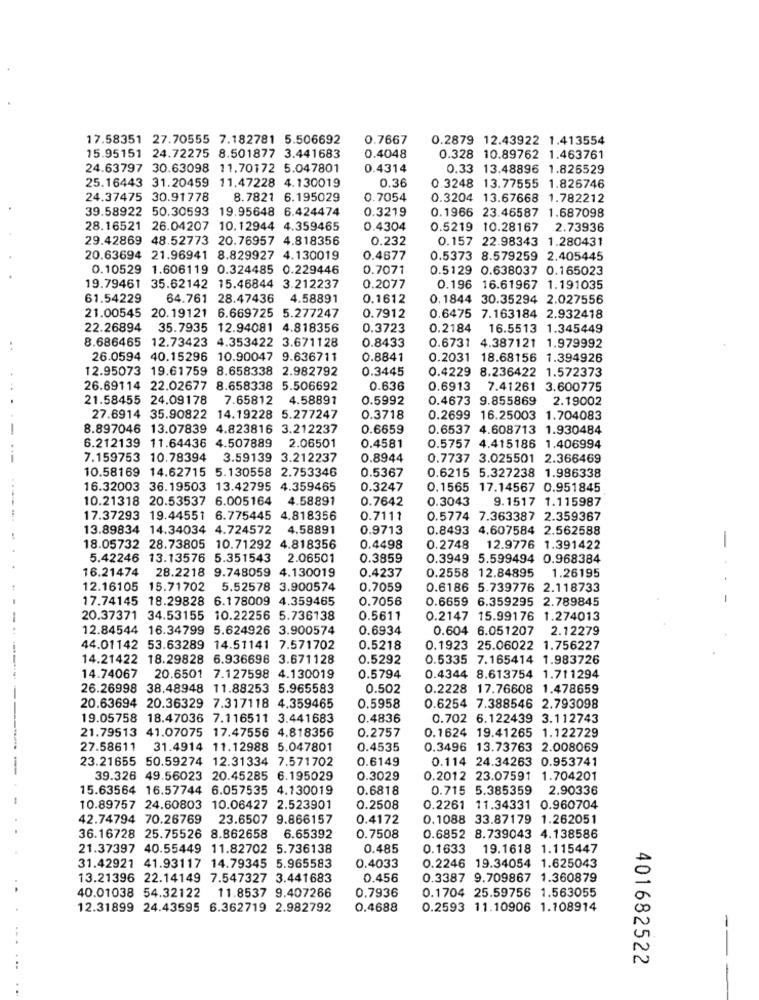
17.58351 27.70555 7.182781 5.506692
0.7667
0.2879 12.43922 1.413554
15.95151 24.72275 8.501877 3.441683
0.4048
0.328 10.89762 1.463761
24.63797 30.63098 11.70172 5.047801
0.4314
0.33 13.48896 1.826529
25.16443 31.20459 11.47228 4.130019
0.36
0.3248 13.77555 1.826746
24.37475 30.91778
8.7821 6.195029
0.7054
0.3204 13.67668 1.782212
39.58922 50.30593 19.95648 6.424474
0.3219
0.1966 23.46587 1.687098
28.16521 26.04207 10.12944 4.359465
0.4304
0.5219
10.28167 2.73936
29.42869 48.52773 20.76957 4.818356
0.232
0.157 22.98343 1.280431
20.63694 21.96941 8.829927 4.130019
0.4677
0.5373 8.579259 2.405445
0.10529 1.606119 0.324485 0.229446
0.7071
0.5129 0.638037 0.165023
19.79461 35.62142 15.46844 3.212237
0.2077
0.196 16.61967 1.191035
61.54229
64.761 28.47436 4.58891
0.1612
0.1844 30.35294 2.027556
21.00545 20.19121 6.669725 5.277247
0.7912
0.6475 7.163184 2.932418
22.26894 35.7935 12.94081 4.818356
0.3723
0.2184 16.5513 1.345449
8.686465 12.73423 4.353422 3.671128
0.8433
0.6731 4.387121 1.979992
26.0594 40.15296 10.90047 9.636711
0.8841
0.2031 18.68156 1.394926
12.95073 19.61759 8.658338 2.982792
0.3445
0.4229 8.236422 1.572373
26.69114 22.02677 8.658338 5.506692
0.636
0.6913 7.41261 3.600775
21.58455 24.09178
7.65812
4.58891
0.5992
0.4673 9.855869 2.19002
27.6914 35.90822 14.19228 5.277247
0.3718
0.2699 16.25003 1.704083
8.897046 13.07839 4.823816 3.212237
0.6659
0.6537 4.608713 1.930484
6.212139 11.64436 4.507889 2.06501
0.4581
0.5757 4.415186 1.406994
7.159753 10.78394
3.59139 3.212237
0.8944
0.7737 3.025501 2.366469
10.58169 14.62715 5.130558 2.753346
0.5367
0.6215 5.327238 1.986338
16.32003 36.19503 13.42795 4.359465
0.3247
0.1565 17.14567 0.951845
10.21318 20.53537
6.005164 4.58891
0.7642
0.3043
9.1517 1.115987
17.37293 19.44551 6.775445 4.818356
0.7111
0.5774 7.363387 2.359367
13.89834 14.34034 4.724572 4.58891
0.9713
0.8493 4.607584 2.562588
-
18.05732 28.73805 10.71292 4.818356
0.4498
0.2748
12.9776 1.391422
5.42246 13.13576 5.351543
2.06501
0.3859
0.3949 5.599494 0.968384
16.21474 28.2218 9.748059 4.130019
0.4237
0.2558 12.84895 1.26195
12.16105 15.71702
5.52578 3.900574
0.7059
0.6186 5.739776 2.118733
17.74145 18.29828
6.178009 4.359465
0.7056
0.6659 6.359295 2.789845
20.37371 34.53155 10.22256 5.736138
0.5611
0.2147 15.99176 1.274013
12.84544 16.34799 5.624926 3.900574
0.6934
0.604 6.051207 2.12279
44.01142 53.63289 14.51141 7.571702
0.5218
0.1923 25.06022 1.756227
14.21422 18.29828 6.936696 3.671128
0.5292
0.5335 7.165414 1.983726
14.74067 20.6501 7.127598 4.130019
0.5794
0.4344 8.613754 1.711294
26.26998 38.48948 11.88253 5.965583
0.502
0.2228 17.76608 1.478659
0.5958
0.6254 7.388546 2.793098
20.63694 20.36329 7.317118 4.359465
19.05758 18.47036 7.116511 3.441683
0.4836
0.702 6.122439 3.112743
21.79513 41.07075 17.47556 4.818356
0.2757
0.1624 19.41265 1.122729
27.58611 31.4914 11.12988 5.047801
0.4535
0.3496 13.73763 2.008069
23.21655 50.59274 12.31334 7.571702
0.6149
0.114 24.34263 0.953741
39.326 49.56023 20.45285 6.195029
0.3029
0.2012 23.07591 1.704201
15.63564 16.57744 6.057535 4.130019
0.6818
0.715 5.385359 2.90336
10.89757 24.60803 10.06427 2.523901
0.2508
0.2261 11.34331 0.960704
42.74794 70.26769
23.6507 9.866157
0.4172
0.1088 33.87179 1.262051
36.16728 25.75526 8.862658 6.65392
0.7508
0.6852 8.739043 4.138586
21.37397 40.55449 11.82702 5.736138
0.485
0.1633 19.1618 1.115447
0.4033
31.42921 41.93117 14.79345 5.965583
0.2246 19.34054 1.625043
13.21396 22.14149 7.547327 3.441683
0.456
0.3387 9.709867 1.360879
0.7936
0.1704 25.59756 1.563055
40.01038 54.32122 11.8537 9.407266
12.31899 24.43595 6.362719 2.982792
0.4688
0.2593 11.10906 1.108914
-
401682522